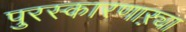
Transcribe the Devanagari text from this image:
पुरस्कारणाऱ्या